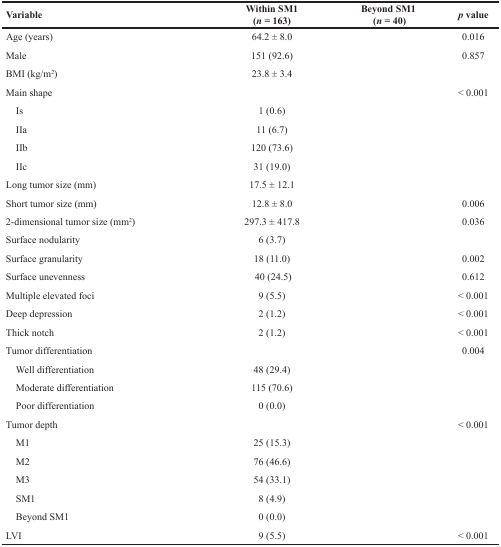
<table><thead><tr><td><b>Variable</b></td><td><b>Within SM1(<i>n</i> = 163)</b></td><td><b>Beyond SM1(<i>n</i> = 40)</b></td><td><b><i>p</i> value</b></td></tr></thead><tbody><tr><td>Age (years)</td><td>64.2 ± 8.0</td><td>[EMPTY_CELL]</td><td>0.016</td></tr><tr><td>Male</td><td>151 (92.6)</td><td>[EMPTY_CELL]</td><td>0.857</td></tr><tr><td>BMI (kg/m<sup>2</sup>)</td><td>23.8 ± 3.4</td><td>[EMPTY_CELL]</td><td>[EMPTY_CELL]</td></tr><tr><td>Main shape</td><td>[EMPTY_CELL]</td><td>[EMPTY_CELL]</td><td>&lt; 0.001</td></tr><tr><td> Is</td><td>1 (0.6)</td><td>[EMPTY_CELL]</td><td>[EMPTY_CELL]</td></tr><tr><td> IIa</td><td>11 (6.7)</td><td>[EMPTY_CELL]</td><td>[EMPTY_CELL]</td></tr><tr><td> IIb</td><td>120 (73.6)</td><td>[EMPTY_CELL]</td><td>[EMPTY_CELL]</td></tr><tr><td> IIc</td><td>31 (19.0)</td><td>[EMPTY_CELL]</td><td>[EMPTY_CELL]</td></tr><tr><td>Long tumor size (mm)</td><td>17.5 ± 12.1</td><td>[EMPTY_CELL]</td><td>[EMPTY_CELL]</td></tr><tr><td>Short tumor size (mm)</td><td>12.8 ± 8.0</td><td>[EMPTY_CELL]</td><td>0.006</td></tr><tr><td>2-dimensional tumor size (mm<sup>2</sup>)</td><td>297.3 ± 417.8</td><td>[EMPTY_CELL]</td><td>0.036</td></tr><tr><td>Surface nodularity</td><td>6 (3.7)</td><td>[EMPTY_CELL]</td><td>[EMPTY_CELL]</td></tr><tr><td>Surface granularity</td><td>18 (11.0)</td><td>[EMPTY_CELL]</td><td>0.002</td></tr><tr><td>Surface unevenness</td><td>40 (24.5)</td><td>[EMPTY_CELL]</td><td>0.612</td></tr><tr><td>Multiple elevated foci</td><td>9 (5.5)</td><td>[EMPTY_CELL]</td><td>&lt; 0.001</td></tr><tr><td>Deep depression</td><td>2 (1.2)</td><td>[EMPTY_CELL]</td><td>&lt; 0.001</td></tr><tr><td>Thick notch</td><td>2 (1.2)</td><td>[EMPTY_CELL]</td><td>&lt; 0.001</td></tr><tr><td>Tumor differentiation</td><td>[EMPTY_CELL]</td><td>[EMPTY_CELL]</td><td>0.004</td></tr><tr><td> Well differentiation</td><td>48 (29.4)</td><td>[EMPTY_CELL]</td><td>[EMPTY_CELL]</td></tr><tr><td> Moderate differentiation</td><td>115 (70.6)</td><td>[EMPTY_CELL]</td><td>[EMPTY_CELL]</td></tr><tr><td> Poor differentiation</td><td>0 (0.0)</td><td>[EMPTY_CELL]</td><td>[EMPTY_CELL]</td></tr><tr><td>Tumor depth</td><td>[EMPTY_CELL]</td><td>[EMPTY_CELL]</td><td>&lt; 0.001</td></tr><tr><td> M1</td><td>25 (15.3)</td><td>[EMPTY_CELL]</td><td>[EMPTY_CELL]</td></tr><tr><td> M2</td><td>76 (46.6)</td><td>[EMPTY_CELL]</td><td>[EMPTY_CELL]</td></tr><tr><td> M3</td><td>54 (33.1)</td><td>[EMPTY_CELL]</td><td>[EMPTY_CELL]</td></tr><tr><td> SM1</td><td>8 (4.9)</td><td>[EMPTY_CELL]</td><td>[EMPTY_CELL]</td></tr><tr><td> Beyond SM1</td><td>0 (0.0)</td><td>[EMPTY_CELL]</td><td>[EMPTY_CELL]</td></tr><tr><td>LVI</td><td>9 (5.5)</td><td>[EMPTY_CELL]</td><td>&lt; 0.001</td></tr></tbody></table>